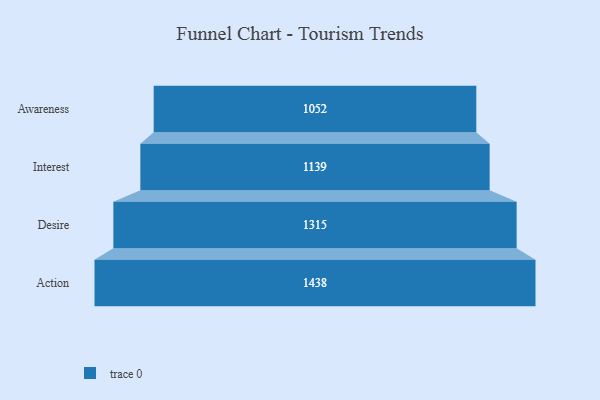
{"axis": {"x": "Stage", "y": "Value"}, "legend": [""], "data": [{"x": "Awareness", "y": 1052.0, "type": ""}, {"x": "Interest", "y": 1139.0, "type": ""}, {"x": "Desire", "y": 1315.0, "type": ""}, {"x": "Action", "y": 1438.0, "type": ""}]}